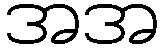
အအ